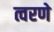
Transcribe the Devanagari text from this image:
त्वरणे